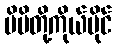
မိမိတို့ကိုယ်ပိုင်